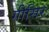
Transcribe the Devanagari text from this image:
गीसिर